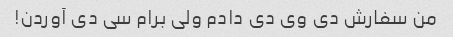
من سفارش دی وی دی دادم ولی برام سی دی آوردن!